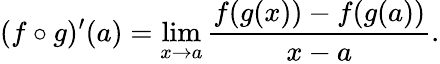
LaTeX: (f\circ g)^{\prime}(a)=\operatorname*{lim}_{x\to a}{\frac{f(g(x))-f(g(a))}{x-a}}.